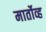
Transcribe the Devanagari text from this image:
मार्तोव्ह